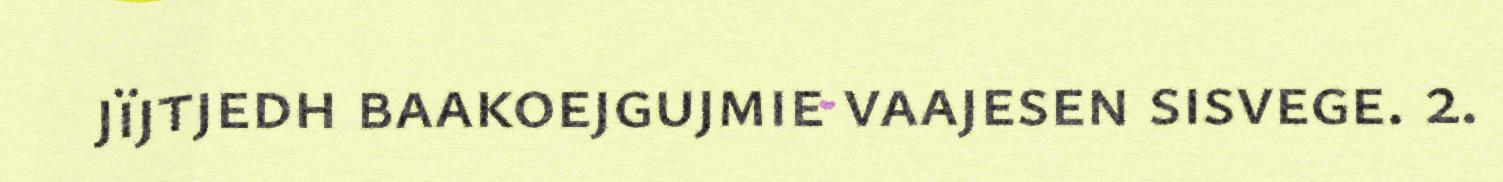
jïjtjedh baakoejgujmie vaajesen sisvege. 2.